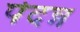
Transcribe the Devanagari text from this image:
पेदन्न